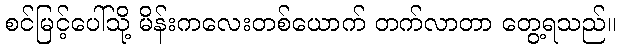
စင်မြင့်ပေါ်သို့ မိန်းကလေးတစ်ယောက် တက်လာတာ တွေ့ရသည်။